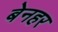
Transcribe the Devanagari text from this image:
बेनहर